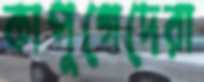
কাপুগেদেরা